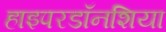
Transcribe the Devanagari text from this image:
हाइपरडॉनशिया